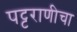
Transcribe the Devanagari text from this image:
पट्टराणीचा